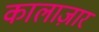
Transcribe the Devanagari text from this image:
कालाज़ार